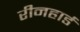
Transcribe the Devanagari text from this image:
रीनहार्ड